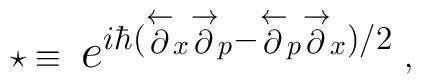
\star \equiv ~ \hbox{{\Large $e^{  i   \hbar(\stackrel{\leftarrow }{\partial }_{x}\stackrel{\rightarrow }{\partial }_{p}-\stackrel{\leftarrow }{\partial }_{p}\stackrel{\rightarrow }{\partial }_{x})/2} $}}~,